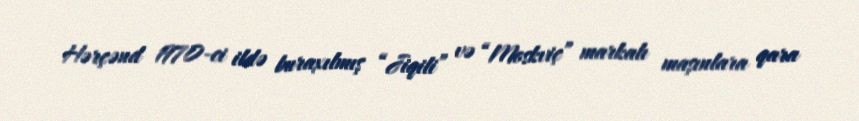
Hərçənd 1970-ci ildə buraxılmış “Jiqili” və “Moskviç” markalı maşınlara qara